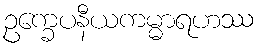
ဥက္ခေပနီယကမ္မာရဟဿ